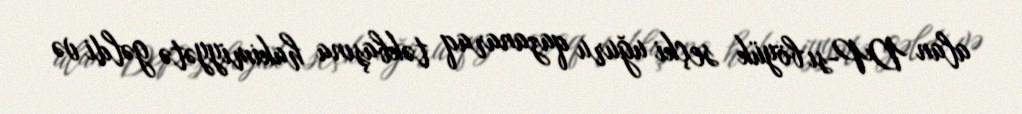
alan DP-sı böyük seçki uğuru qazanaraq təkbaşına hakimiyyətə gəldi və